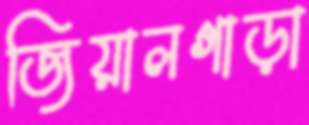
জিয়ালগাড়া